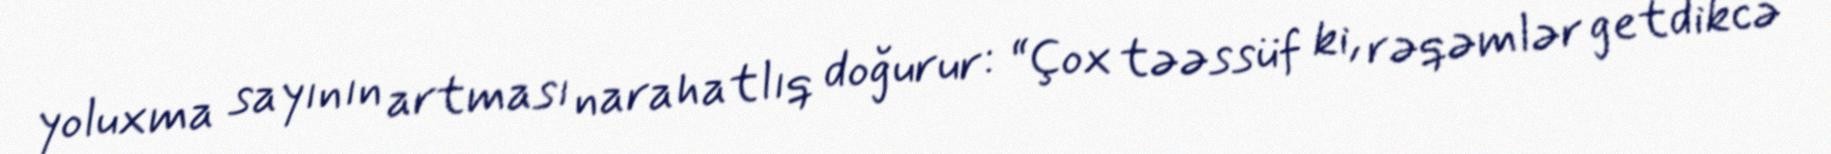
yoluxma sayının artması narahatlıq doğurur: “Çox təəssüf ki, rəqəmlər getdikcə